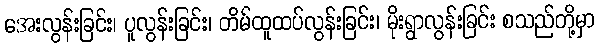
အေးလွန်းခြင်း၊ ပူလွန်းခြင်း၊ တိမ်ထူထပ်လွန်းခြင်း၊ မိုးရွာလွန်းခြင်း စသည်တို့မှာ